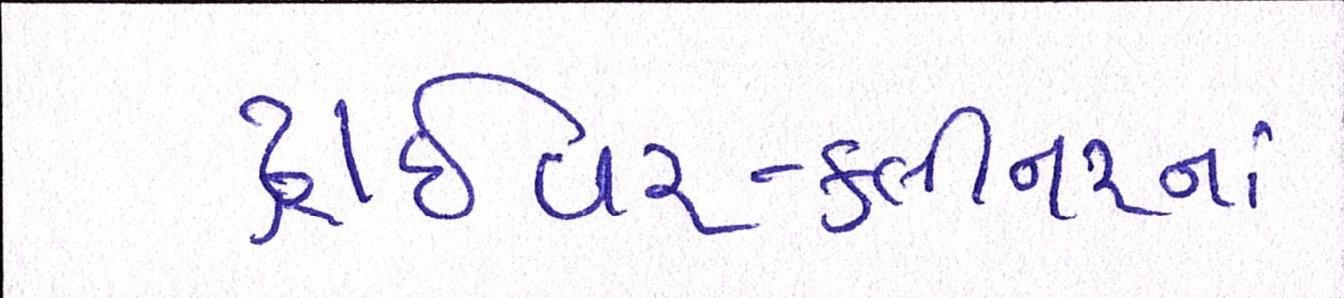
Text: ડ્રાઈવર-ક્લીનરનાં